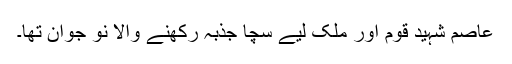
عاصم شہید قوم اور ملک لیے سچا جذبہ رکھنے والا نو جوان تھا۔